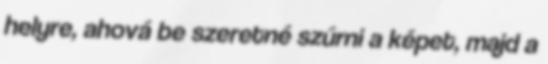
helyre, ahová be szeretné szúrni a képet, majd a